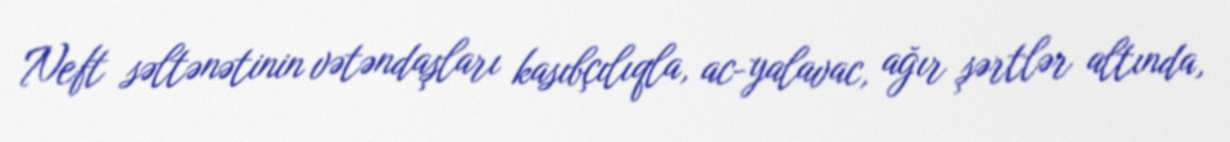
Neft səltənətinin vətəndaşları kasıbçılıqla, ac-yalavac, ağır şərtlər altında,